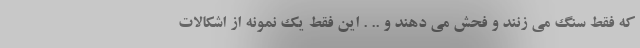
که فقط سنگ می زنند و فحش می دهند و .. . این فقط یک نمونه از اشکالات